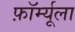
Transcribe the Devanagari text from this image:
फ़ॉर्म्यूला